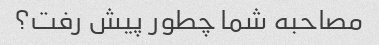
مصاحبه شما چطور پیش رفت؟